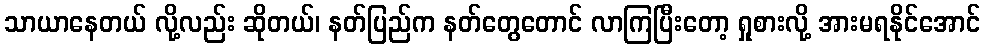
သာယာနေတယ် လို့လည်း ဆိုတယ်၊ နတ်ပြည်က နတ်တွေတောင် လာကြပြီးတော့ ရှုစားလို့ အားမရနိုင်အောင်